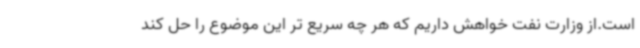
است.از وزارت نفت خواهش داریم که هر چه سریع تر این موضوع را حل کند